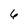
Character: 6